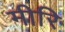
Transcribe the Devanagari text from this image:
मीरि